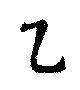
己